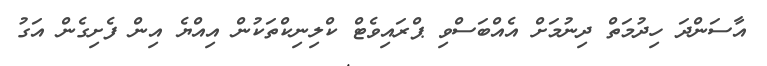
އާސަންދަ ހިދުމަތް ދިނުމަށް އެއްބަސްވި ޕްރައިވެޓް ކްލިނިކްތަކުން އިއްޔެ އިން ފެށިގެން އަގު